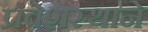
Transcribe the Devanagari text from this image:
प्रवेशस्थाने